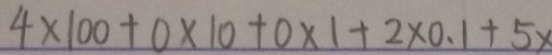
4 \times 1 0 0 + 0 \times 1 0 + 0 \times 1 + 2 \times 0 . 1 + 5 x